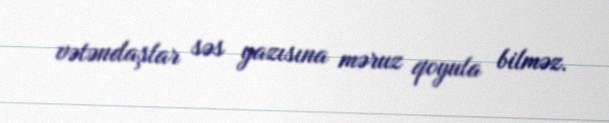
vətəndaşlar səs yazısına məruz qoyula bilməz.